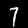
Label: 7